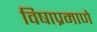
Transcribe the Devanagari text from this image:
विषाप्रमाणे